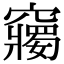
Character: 𥨲